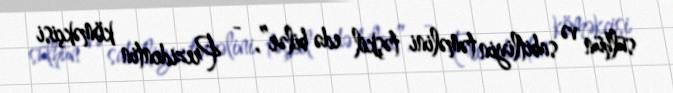
sülhün və sabitliyin təməlini təşkil edə bilər”, - Prezidentin köməkçisi